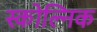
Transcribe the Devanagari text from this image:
स्कोल्निक